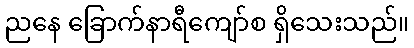
ညနေ ခြောက်နာရီကျော်စ ရှိသေးသည်။